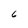
Character: 6